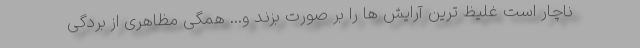
ناچار است غلیظ ترین آرایش ها را بر صورت بزند و... همگی مظاهری از بردگی